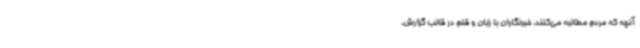
آنچه که مردم مطالبه می‌کنند، خبرنگاران با زبان و قلم در قالب گزارش،